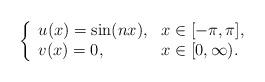
LaTeX: \begin{align*}\left\{ \begin{array}{ll}u(x) = \sin(nx), & x \in [-\pi,\pi], \\v(x) = 0, & x \in [0,\infty). \end{array} \right.\end{align*}